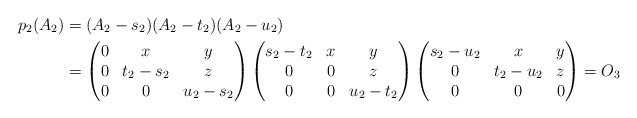
\begin{align*}p_2(A_2) &= (A_2 - s_2)(A_2 - t_2)(A_2 - u_2)\\&=\begin{pmatrix}0 & x & y\\ 0 & t_2-s_2 & z\\ 0 & 0 & u_2-s_2\end{pmatrix} \begin{pmatrix}s_2-t_2 & x & y\\ 0 & 0 & z\\ 0 & 0 & u_2-t_2\end{pmatrix} \begin{pmatrix}s_2-u_2 & x & y\\ 0 & t_2-u_2 & z\\ 0 & 0 & 0\end{pmatrix} = O_3\end{align*}